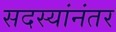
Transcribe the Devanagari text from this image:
सदस्यांनंतर